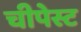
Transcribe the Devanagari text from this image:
चीपेस्ट